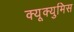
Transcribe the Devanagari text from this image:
क्यूक्युमिस